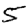
Digit: 5